Mental hospitals Bombay report 1921-28 - 1921-1928
Year: 1921
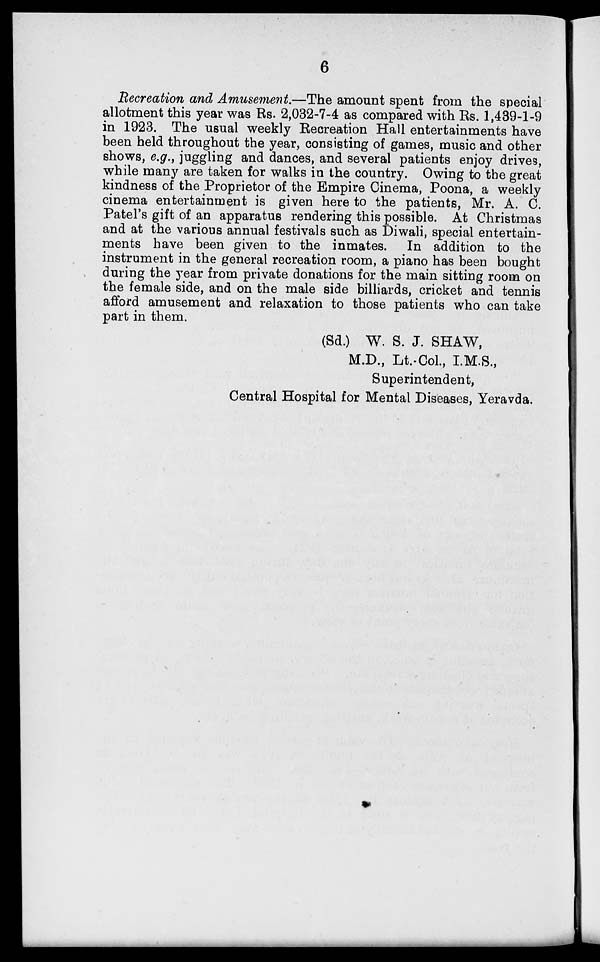
6
Recreation and Amusement.—The amount spent from the special
allotment this year was Rs. 2,032-7-4 as compared with Rs. 1,439-1-9
in 1923. The usual weekly Recreation Hall entertainments have
been held throughout the year, consisting of games, music and other
shows, e.g., juggling and dances, and several patients enjoy drives,
while many are taken for walks in the country. Owing to the great
kindness of the Proprietor of the Empire Cinema, Poona, a weekly
cinema entertainment is given here to the patients, Mr. A. C.
Patel's gift of an apparatus rendering this possible. At Christmas
and at the various annual festivals such as Diwali, special entertain-
ments have been given to the inmates. In addition to the
instrument in the general recreation room, a piano has been bought
during the year from private donations for the main sitting room on
the female side, and on the male side billiards, cricket and tennis
afford amusement and relaxation to those patients who can take
part in them.
(Sd.) W. S. J. SHAW,
M.D., Lt.-Col., I.M.S.,
Superintendent,
Central Hospital for Mental Diseases, Yeravda.